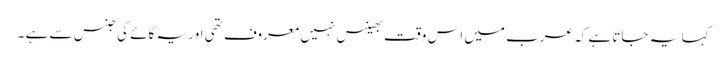
کہا یہ جاتا ہے کہ عرب میں اس وقت بھینس نہیں معروف تھی اور یہ گائے کی جنس سے ہے ۔